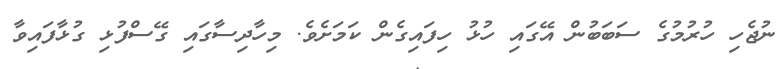
ނުޖެހި ހުރުމުގެ ސަބަބުން އޭގައި ހުޅު ހިފައިގެން ކަމަށެވެ. މިހާދިސާގައި ގޭސްފުޅި ގުޅާފައިވާ